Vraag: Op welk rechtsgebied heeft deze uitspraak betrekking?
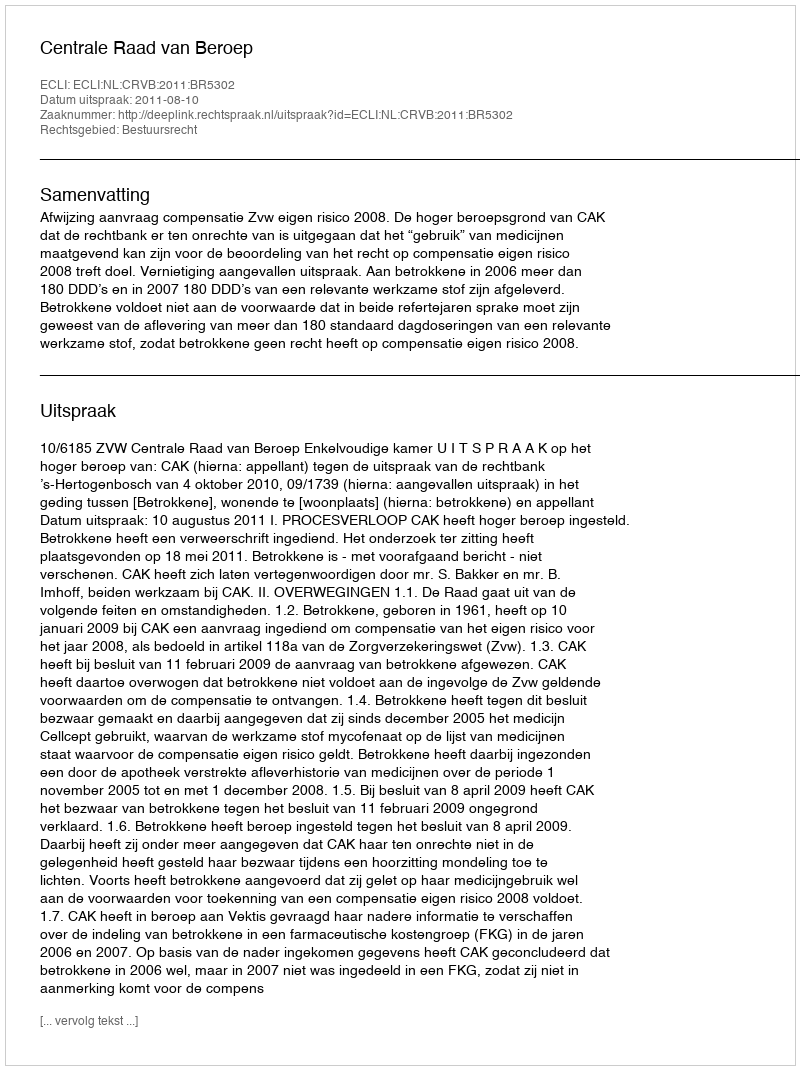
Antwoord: Bestuursrecht